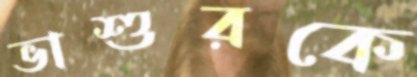
ভাশুরকে